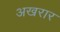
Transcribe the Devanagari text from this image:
अखरार